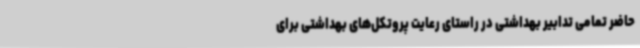
حاضر تمامی تدابیر بهداشتی در راستای رعایت پروتکل‌های بهداشتی برای